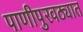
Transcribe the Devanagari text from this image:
पाणीपुरवठ्यात